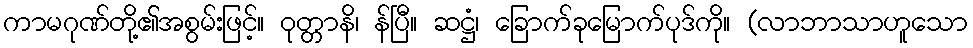
ကာမဂုဏ်တို့၏အစွမ်းဖြင့်။ ဝုတ္တာနိ၊ န်ပြီ။ ဆဋ္ဌံ၊ ခြောက်ခုမြောက်ပုဒ်ကို။ (လာဘာသာဟူသော